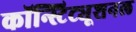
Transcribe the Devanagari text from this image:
कॉन्स्टिट्यूशनल